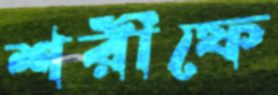
শরীফে